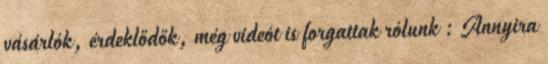
vásárlók, érdeklődők, még videót is forgattak rólunk : Annyira